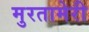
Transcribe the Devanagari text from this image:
मुरतामेरी